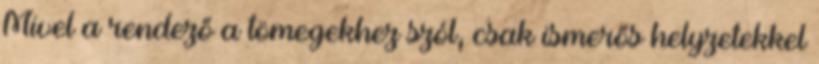
Mivel a rendező a tömegekhez szól, csak ismerős helyzetekkel